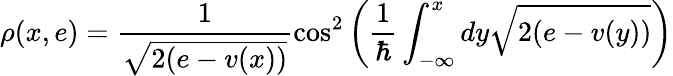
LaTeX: \rho(x,e)=\frac{1}{\sqrt{2(e-v(x))}}\cos^{2}\left(\frac{1}{\hbar}\int_{-\infty}^{x}dy\sqrt{2(e-v(y))}\right)